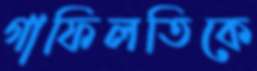
গাফিলতিকে